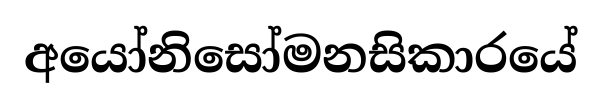
අයෝනිසෝමනසිකාරයේ